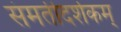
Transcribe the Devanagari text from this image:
संमतीदर्शकम्